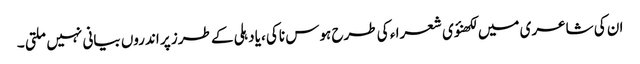
ان کی شاعری میں لکھنؤی شعرا ء کی طرح ہوس ناکی ،یا دہلی کے طرز پر اندروں بیانی نہیں ملتی ۔